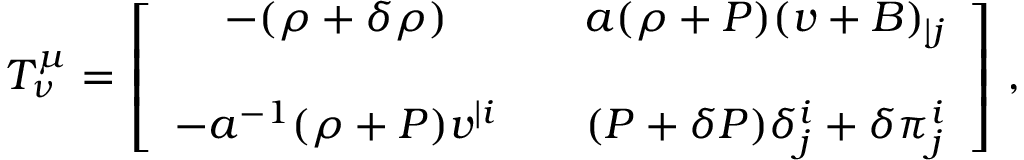
T _ { \nu } ^ { \mu } = \left[ \begin{array} { c c c } { { - ( \rho + \delta \rho ) } } & { { } } & { { a ( \rho + P ) ( v + B ) _ { | j } } } \\ { { } } & { { } } & { { } } \\ { { - a ^ { - 1 } ( \rho + P ) v ^ { | i } } } & { { } } & { { ( P + \delta P ) \delta _ { j } ^ { i } + \delta \pi _ { j } ^ { i } } } \end{array} \right] \, ,